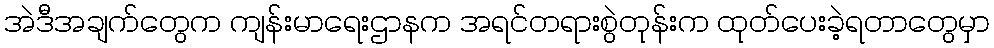
အဲဒီအချက်တွေက ကျန်းမာရေးဌာနက အရင်တရားစွဲတုန်းက ထုတ်ပေးခဲ့ရတာတွေမှာ